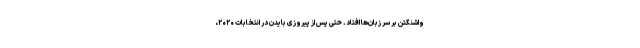
واشنگتن بر سر زبان‌ها افتاد. حتی پس از پیروزی بایدن در انتخابات ۲۰۲۰،